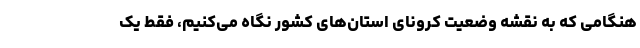
هنگامی که به نقشه وضعیت کرونای استان‌های کشور نگاه می‌کنیم، فقط یک